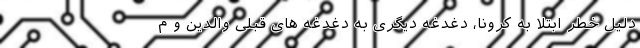
دلیل خطر ابتلا به کرونا، دغدغه دیگری به دغدغه های قبلی والدین و م